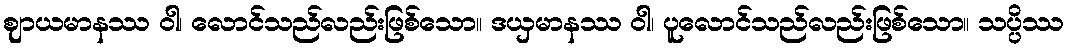
ဈာယမာနဿ ဝါ၊ လောင်သည်လည်းဖြစ်သော။ ဒယှမာနဿ ဝါ၊ ပူလောင်သည်လည်းဖြစ်သော။ သပ္ပိဿ